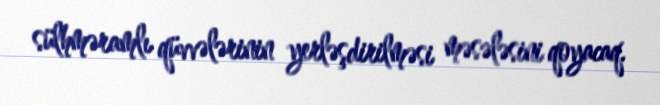
sülhməramlı qüvvələrinin yerləşdirilməsi məsələsini qoyacaq.